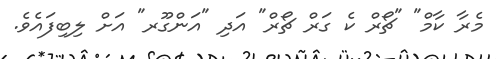
މެރާ ކާމް" "ޗޯރް ކެ ގަރް ޗޯރް" އަދި "އަންގޫރ" އަށް ލިބިފައެވެ.